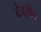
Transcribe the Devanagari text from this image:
बेजज़ीन